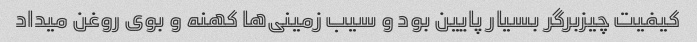
کیفیت چیزبرگر بسیار پایین بود و سیب زمینی‌ها کهنه و بوی روغن میداد